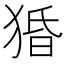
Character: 𰡙